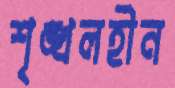
শৃঙ্খলহীন